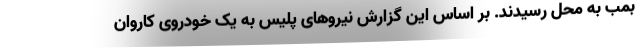
بمب به محل رسیدند. بر اساس این گزارش نیروهای پلیس به یک خودروی کاروان